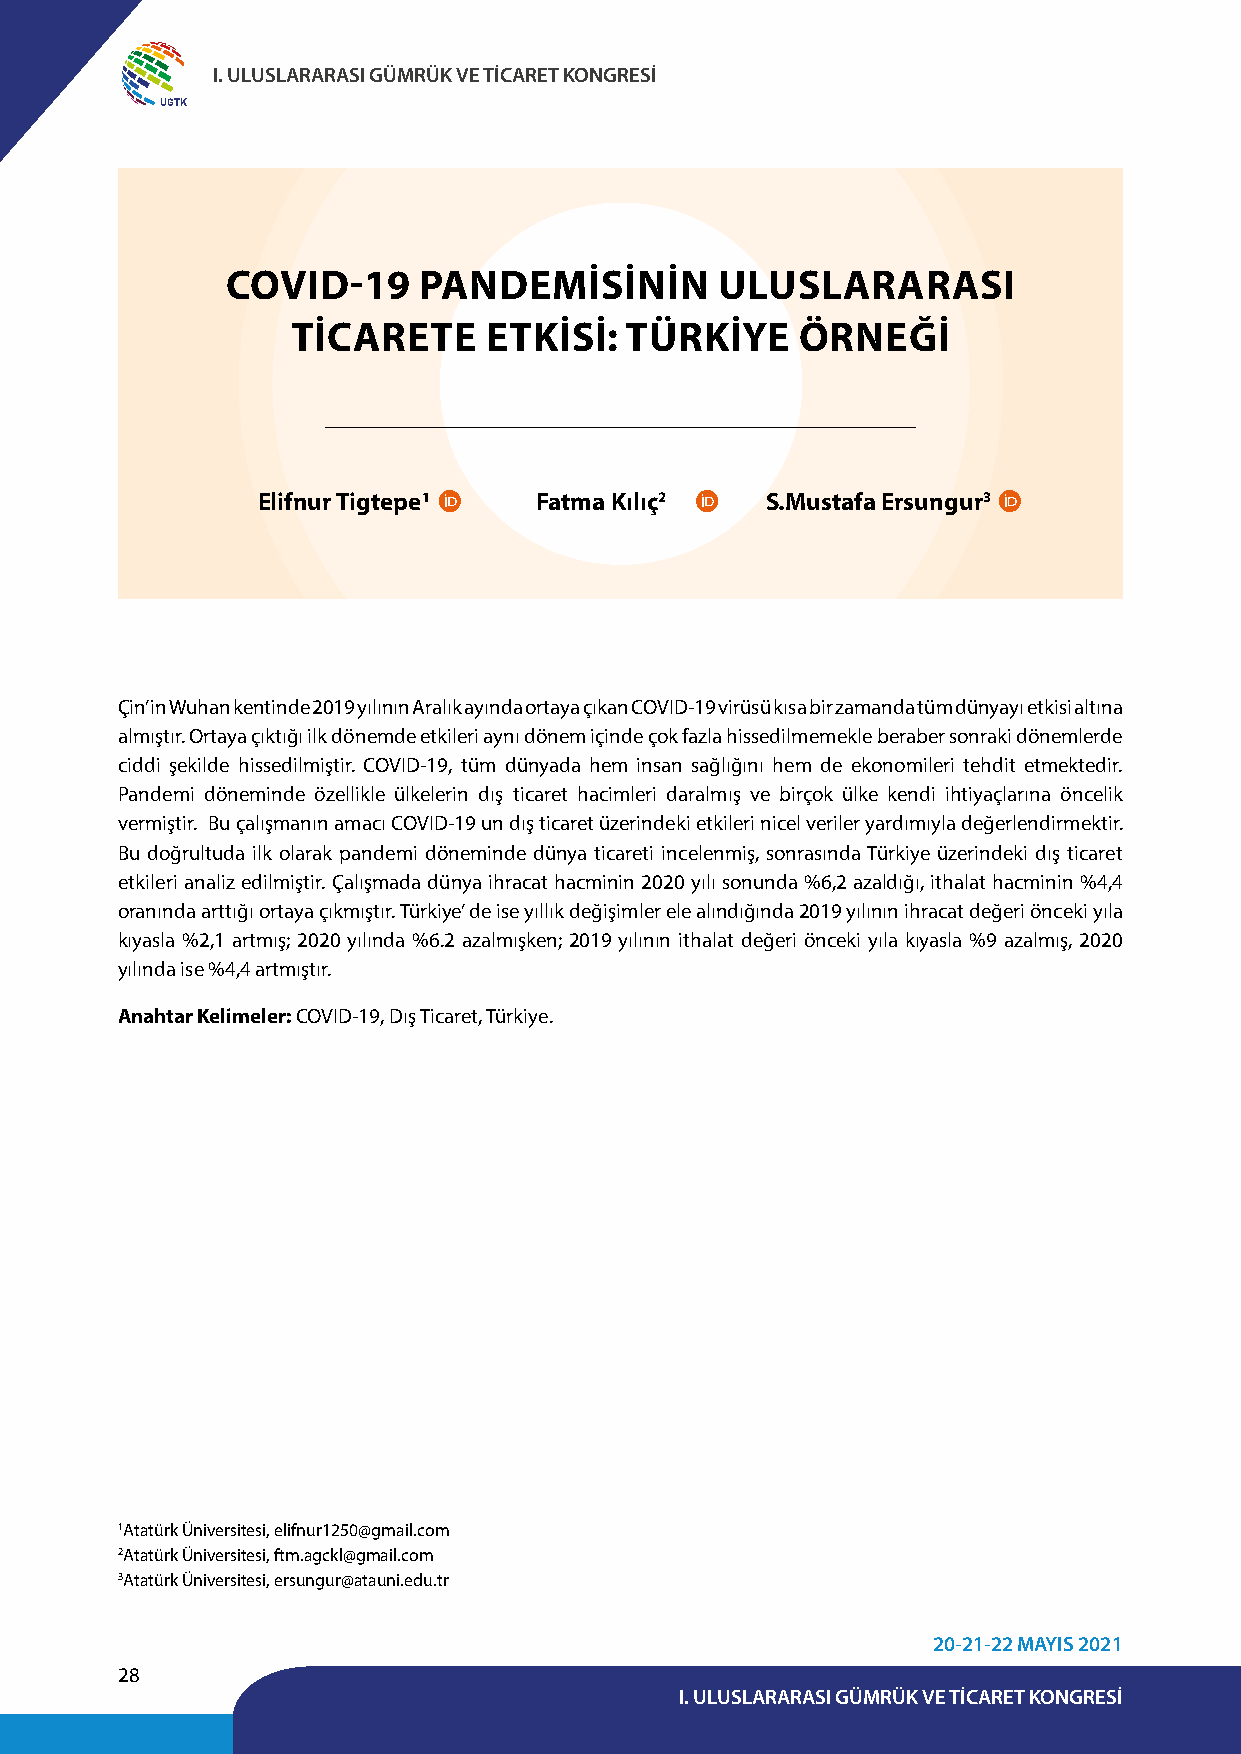
I. ULUSLARARASI GÜMRÜK VE TİCARET KONGRESİ
 UGTK
 COVID-19     PANDEMİSİNİN        ULUSLARARASI
 TİCARETE     ETKİSİ:  TÜRKİYE     ÖRNEĞİ
 Elifnur Tigtepe1  Fatma Kılıç2    S.Mustafa Ersungur3
 Çin’ in Wuhan kentinde 2019 yılının Aralık ayında ortaya çıkan COVID-19 virüsü kısa bir zamanda tüm dünyayı etkisi altına
 almıştır. Ortaya çıktığı ilk dönemde etkileri aynı dönem içinde çok fazla hissedilmemekle beraber sonraki dönemlerde
 ciddi şekilde hissedilmiştir. COVID-19, tüm dünyada hem insan sağlığını hem de ekonomileri tehdit etmektedir.
 Pandemi döneminde özellikle ülkelerin dış ticaret hacimleri daralmış ve birçok ülke kendi ihtiyaçlarına öncelik
 vermiştir. Bu çalışmanın amacı COVID-19 un dış ticaret üzerindeki etkileri nicel veriler yardımıyla değerlendirmektir.
 Bu doğrultuda ilk olarak pandemi döneminde dünya ticareti incelenmiş, sonrasında Türkiye üzerindeki dış ticaret
 etkileri analiz edilmiştir. Çalışmada dünya ihracat hacminin 2020 yılı sonunda %6,2 azaldığı, ithalat hacminin %4,4
 oranında arttığı ortaya çıkmıştır. Türkiye’ de ise yıllık değişimler ele alındığında 2019 yılının ihracat değeri önceki yıla
 kıyasla %2,1 artmış; 2020 yılında %6.2 azalmışken; 2019 yılının ithalat değeri önceki yıla kıyasla %9 azalmış, 2020
 yılında ise %4,4 artmıştır.
 Anahtar Kelimeler: COVID-19, Dış Ticaret, Türkiye.
 1Atatürk Üniversitesi, elifnur1250@gmail.com
 2Atatürk Üniversitesi, ftm.agckl@gmail.com
 3Atatürk Üniversitesi, ersungur@atauni.edu.tr
 20-21-22 MAYIS 2021
 28
 I. ULUSLARARASI GÜMRÜK VE TİCARET KONGRESİ